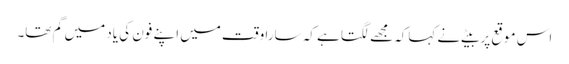
اس موقع پر بیٹے نے کہاکہ مجھے لگتا ہے کہ سارا وقت میں اپنے فون کی یاد میں گم تھا۔